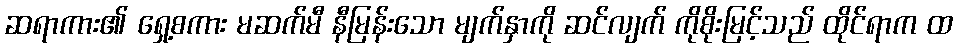
ဆရာကား၏ ရှေ့စကား မဆက်မီ နီမြန်းသော မျက်နှာကို ဆင်လျက် ကိုစိုးမြင့်သည် ထိုင်ရာက ထ